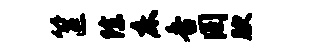
筐除床香罔腴